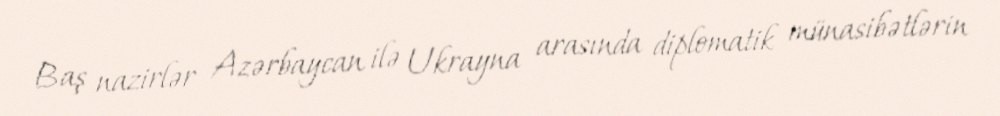
Baş nazirlər Azərbaycan ilə Ukrayna arasında diplomatik münasibətlərin